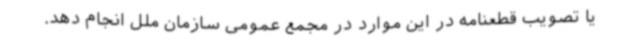
یا تصویب قطعنامه در این موارد در مجمع عمومی سازمان ملل انجام دهد.